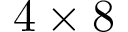
4 \times 8